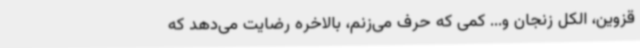
قزوین، الکل زنجان و... کمی که حرف می‌زنم، بالاخره رضایت می‌دهد که